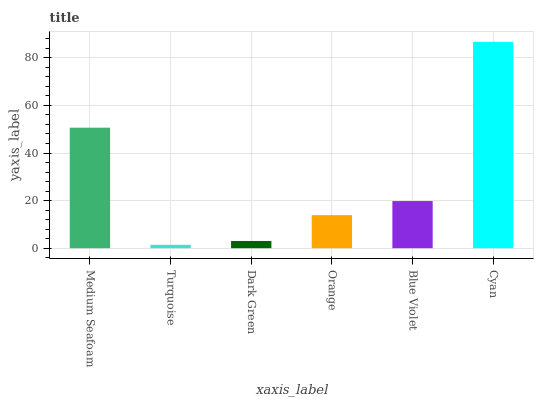
| xaxis_label | bars |
 | --- | --- |
 | Medium Seafoam | 50.6 |
 | Turquoise | 1.42 |
 | Dark Green | 3.04 |
 | Orange | 13.9 |
 | Blue Violet | 19.8 |
 | Cyan | 86.7 |